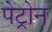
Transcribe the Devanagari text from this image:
पेट्रोन